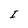
Character: I